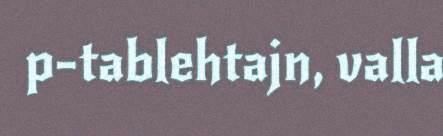
p-tablehtajn, valla